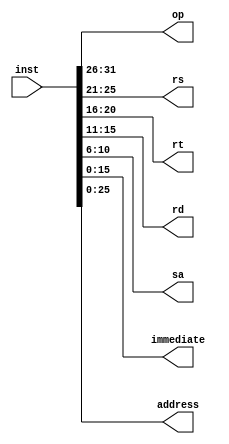
`timescale 1ns / 1ps
//////////////////////////////////////////////////////////////////////////////////
// Company: 
// Engineer: 
// 
// Design Name: 
// Module Name: InstDecode
// Project Name: 
// Target Devices: 
// Tool Versions: 
// Description: 
// 
// Dependencies: 
// 
// Revision:
// Revision 0.01 - File Created
// Additional Comments:
// 
//////////////////////////////////////////////////////////////////////////////////


module InstDecode(
    input [31:0] inst,
    output [5:0] op,
    output [4:0] rs,
    output [4:0] rt,
    output [4:0] rd,
    output [4:0] sa,
    output [15:0] immediate,
    output [25:0] address
    );
    assign op = inst[31:26];
    assign rs = inst[25:21];
    assign rt = inst[20:16];
    assign rd = inst[15:11];
    assign sa = inst[10:6];
    assign immediate = inst[15:0];
    assign address = inst[25:0];
endmodule